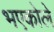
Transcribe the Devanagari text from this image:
भएकोले